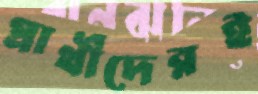
প্রার্থীদেরই